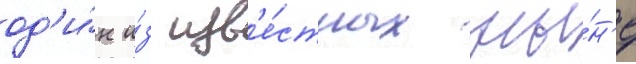
од'и́н и́з изв'е́стных ны́н'е